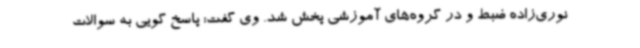
نوری‌زاده ضبط و در گروه‌های آموزشی پخش شد. وی گفت: پاسخ گویی به سوالات